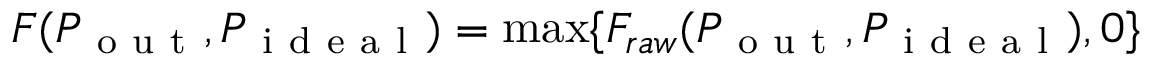
F ( P _ { \mathrm { ~ o ~ u ~ t ~ } } , P _ { \mathrm { ~ i ~ d ~ e ~ a ~ l ~ } } ) = \operatorname* { m a x } \{ F _ { r a w } ( P _ { \mathrm { ~ o ~ u ~ t ~ } } , P _ { \mathrm { ~ i ~ d ~ e ~ a ~ l ~ } } ) , 0 \}